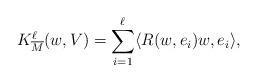
LaTeX: \begin{align*} K^\ell_{\overline M}(w, V) = \sum_{i=1}^\ell \langle R(w, e_i)w, e_i\rangle,\end{align*}